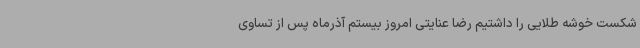
شکست خوشه طلایی را داشتیم رضا عنایتی امروز بیستم آذرماه پس از تساوی